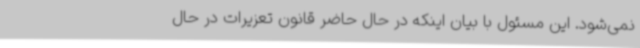
نمی‌شود. این مسئول با بیان اینکه در حال حاضر قانون تعزیرات در حال